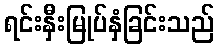
ရင်းနှီးမြုပ်နှံခြင်းသည်